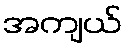
အကျယ်